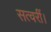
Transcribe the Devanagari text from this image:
सत्वरीं।